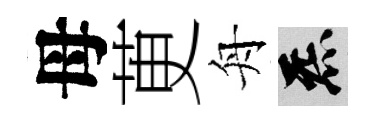
母茰舟炁